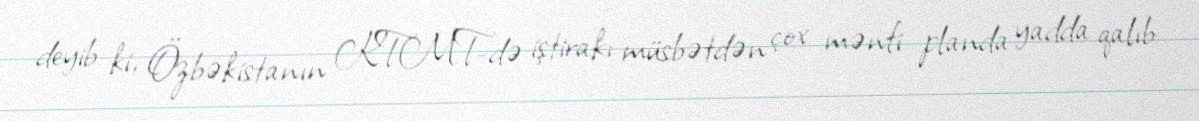
deyib ki, Özbəkistanın KTMT-də iştirakı müsbətdən çox mənfi planda yadda qalıb: